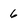
Character: 6